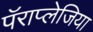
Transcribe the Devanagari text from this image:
पॅराप्लेजिया